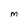
Character: M